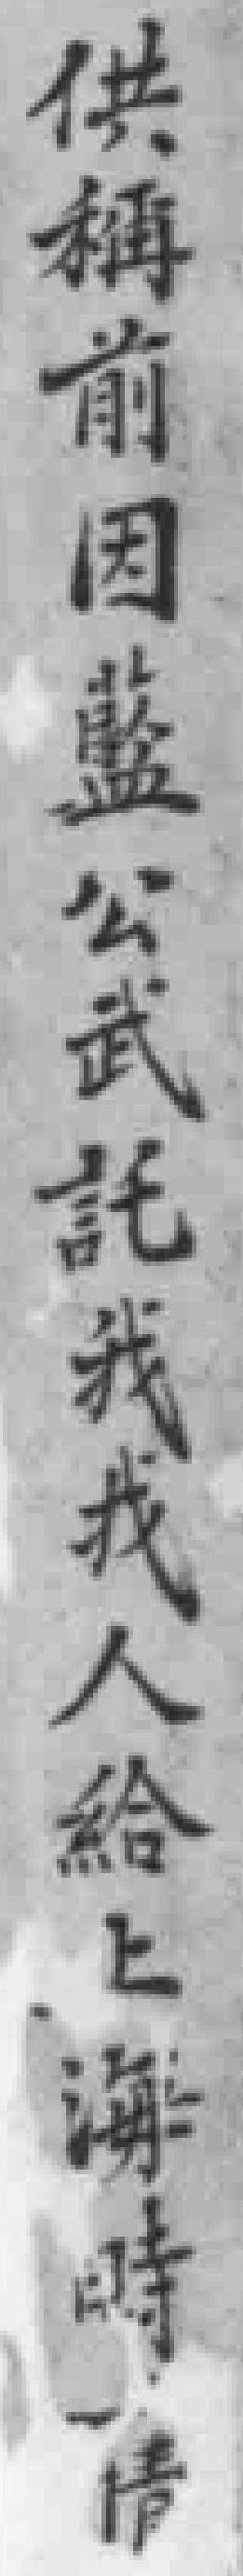
供稱前因藍公武託我找人给上海時*